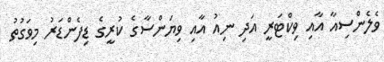
ވެލެންސިއާ އާއި ވިކްޓަރީ އަދި ނިއު އާއި ވިޔަންސާގެ ކުރީގެ ޑިފެންޑަރު މިވަގުތު